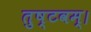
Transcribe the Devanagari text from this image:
तुष्टवम्।